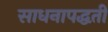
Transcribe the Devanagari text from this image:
साधनापद्धती